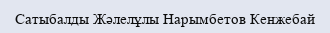
Сатыбалды Жәлелұлы Нарымбетов Кенжебай